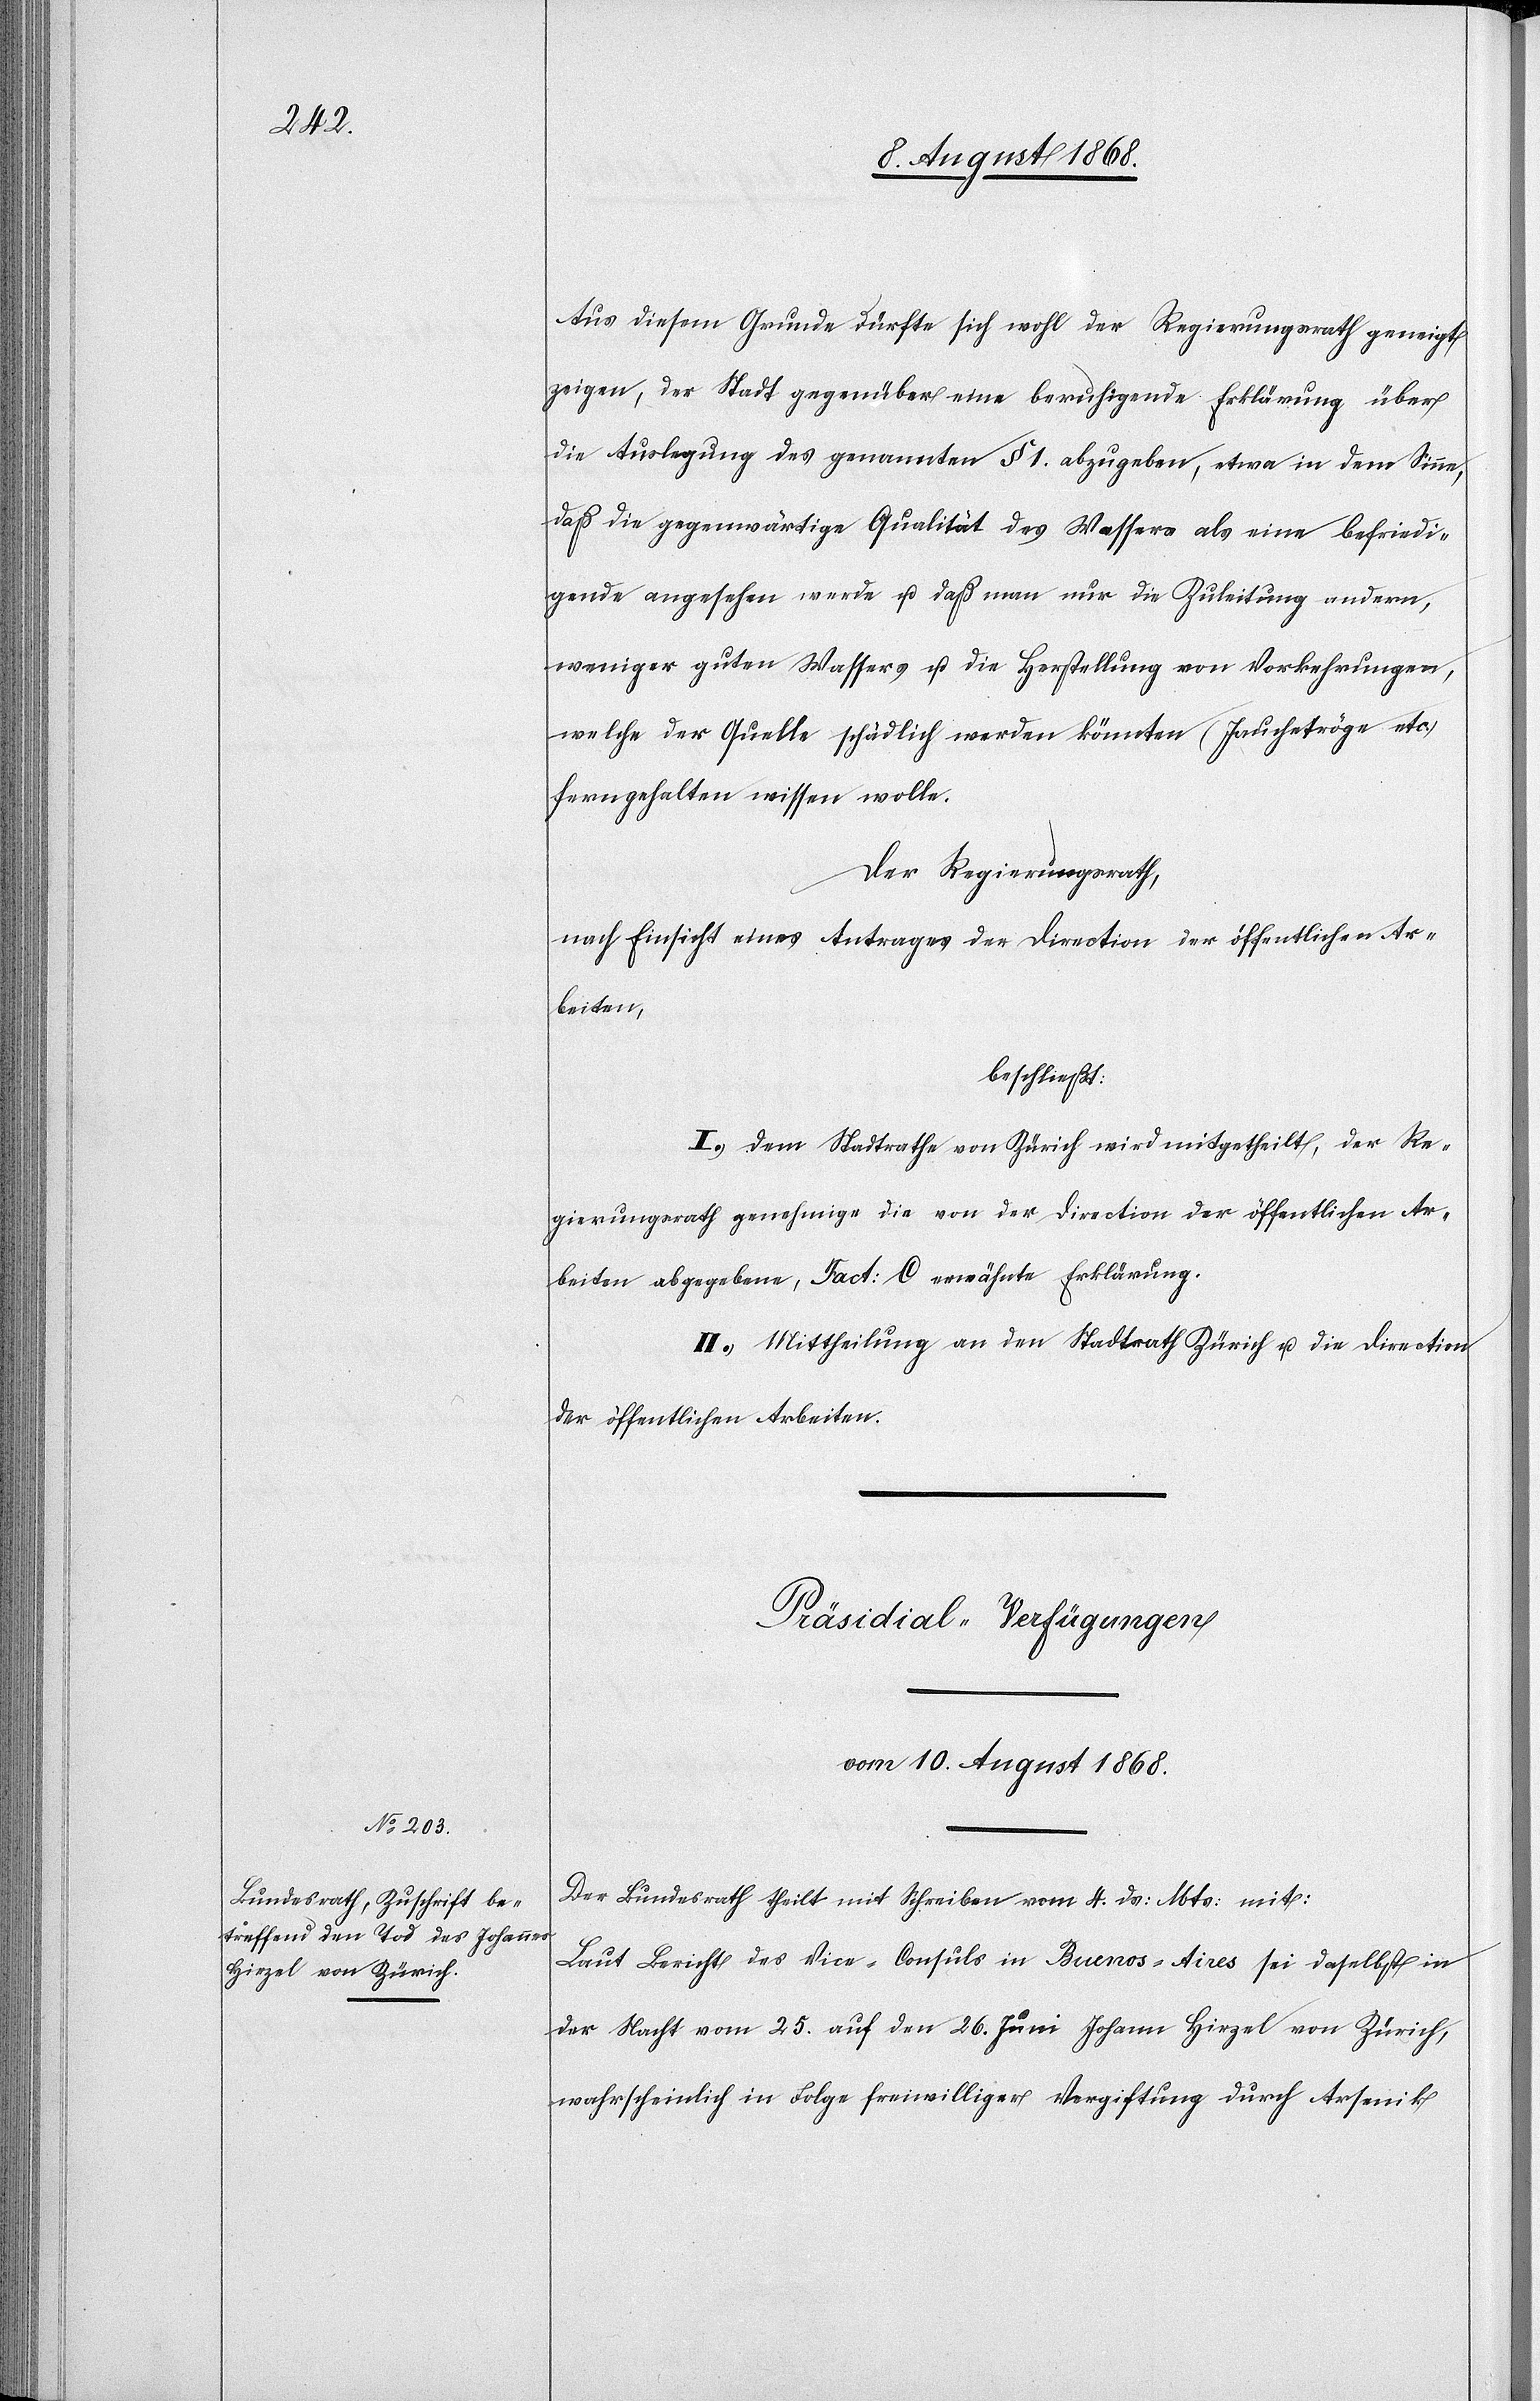
Aus diesem Grunde dürfte sich wohl der Regierungsrath geneigt
zeigen, der Stadt gegenüber eine beruhigende Erklärung über
die Auslegung des genannten § 1. abzugeben, etwa in dem Sinne,
daß die gegenwärtige Qualität des Wassers als eine befriedi¬
gende angesehen werde u. daß man nur die Zuleitung andern,
weniger guten Wassers u. die Herstellung von Vorkehrungen,
welche der Quelle schädlich werden könnten (Jauchetröge etc.)
ferngehalten wissen wolle.
Der Regierungsrath,
nach Einsicht eines Antrages der Direction der öffentlichen Ar¬
beiten,
beschließt:
I.) Dem Stadtrathe von Zürich wird mitgetheilt, der Re¬
gierungsrath genehmige die von der Direction der öffentlichen Ar¬
beiten abgegebene, Fact: C erwähnte Erklärung.
II.) Mittheilung an den Stadtrath Zürich u. die Direction
der öffentlichen Arbeiten.
Präsidial-Verfügungen
vom 10. August 1868.
Der Bundesrath theilt mit Schreiben vom 4. ds: Mts: mit:
Laut Bericht des Vice-Consuls in Buenos-Aires sei daselbst in
der Nacht vom 25. auf den 26. Juni Johann [sic!] Hirzel von Zürich,
wahrscheinlich in Folge freiwilliger Vergiftung durch Arsenik